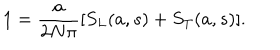
LaTeX: 1 = \frac { a } { 2 N \pi } [ S _ { L } ( a , s ) + S _ { T } ( a , s ) ] .